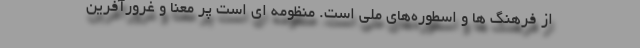
از فرهنگ ها و اسطوره‌های ملی است. منظومه ای است پر معنا و غرورآفرین